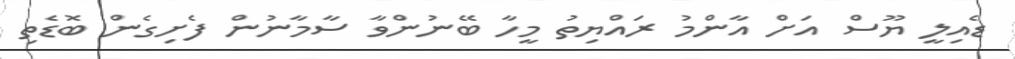
ޑެއިލީ ޔޫސް އަށް އާންމު ރައްޔިތު މީހާ ބޭނުންވާ ސާމާނުން ފެށިގެން ބޮޑެތި